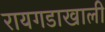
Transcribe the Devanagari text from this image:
रायगडाखाली